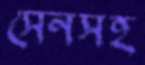
সেনসহ